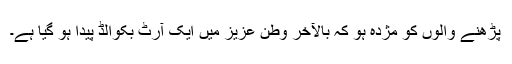
پڑھنے والوں کو مژدہ ہو کہ بالآخر وطن عزیز میں ایک آرٹ بکوالڈ پیدا ہو گیا ہے۔